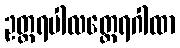
ဥတ္တရပါလတ္ထေရဂါထာ